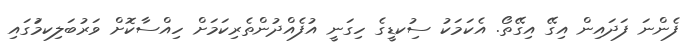
ފެންނަ ފަދައިން އިގޭ އިގޭތޯ. އެކަމަކު ސިުކޑީގެ ހިގަނީ އުފެއްދުންތެރިކަމަށް ހިއްސާކޮށް ވަރުބަލިކމަުގައި